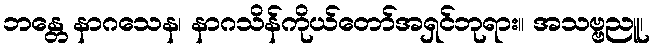
ဘန္တေ နာဂသေန၊ နာဂသိန်ကိုယ်တော်အရှင်ဘုရား။ အသဗ္ဗညူ၊